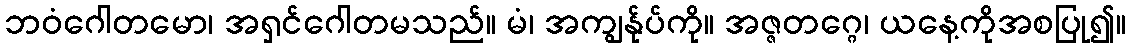
ဘဝံဂေါတမော၊ အရှင်ဂေါတမသည်။ မံ၊ အကျွန်ုပ်ကို။ အဇ္ဇတဂ္ဂေ၊ ယနေ့ကိုအစပြု၍။